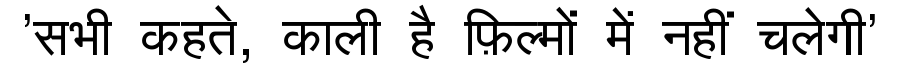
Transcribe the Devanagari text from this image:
'सभी कहते, काली है फ़िल्मों में नहीं चलेगी'